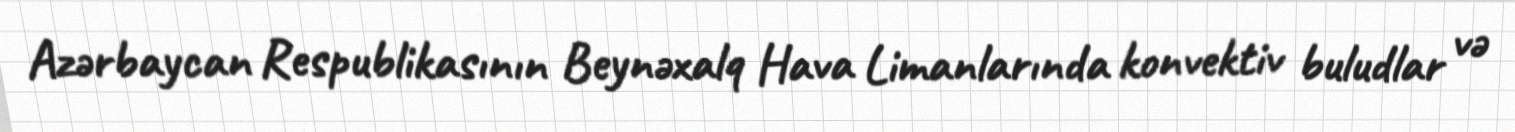
Azərbaycan Respublikasının Beynəxalq Hava Limanlarında konvektiv buludlar və